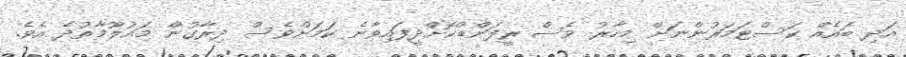
އަދި ބައެއް ކަސްޓަމަރުންނަށް މިހާރު ވެސް ރީފަންޑްކޮށްދީފައިވާނެ ކަމަށްވެސް ދިރާގުން މައުލޫމާތުދެ އެވެ.